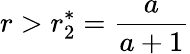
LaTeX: r>r_{2}^{*}=\frac{a}{a+1}